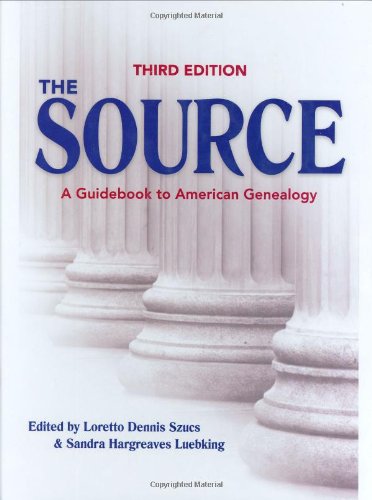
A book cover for The Source: A Guidebook Of American Genealogy (Third Edition); Reference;